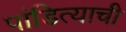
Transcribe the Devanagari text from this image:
पांडित्याची